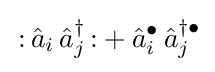
\,{\mathopen {:}}\,{\hat {a}}_{i}\,{\hat {a}}_{j}^{\dagger }\,{\mathclose {:}}+{\hat {a}}_{i}^{\bullet }\,{\hat {a}}_{j}^{\dagger \bullet }